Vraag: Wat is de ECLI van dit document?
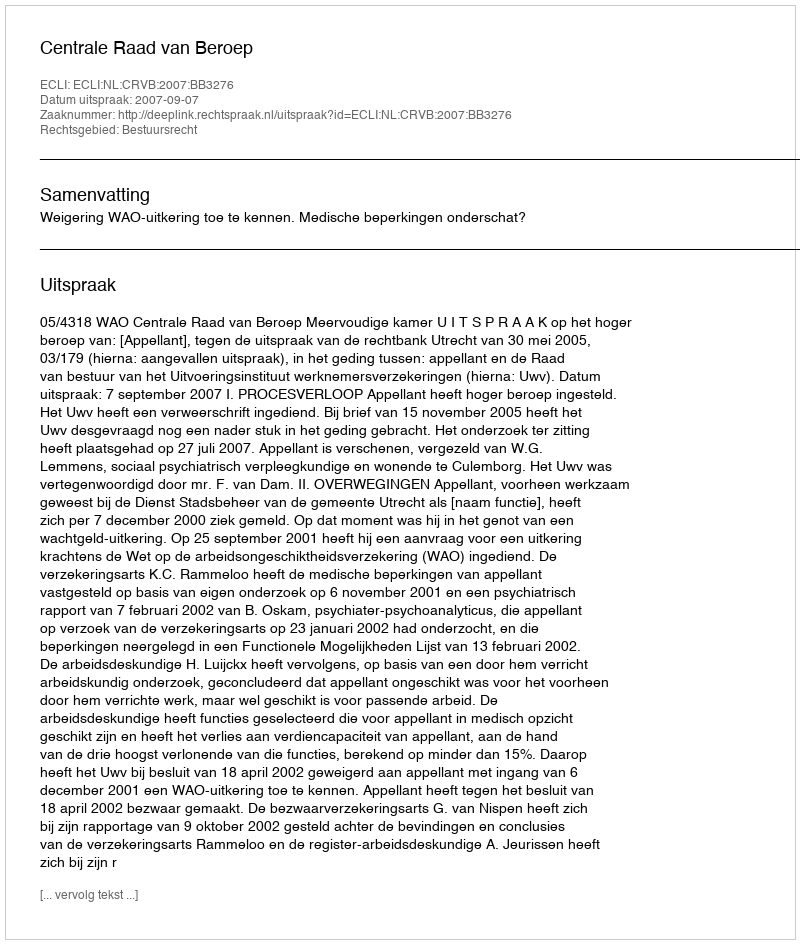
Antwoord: ECLI:NL:CRVB:2007:BB3276